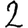
Digit: 2